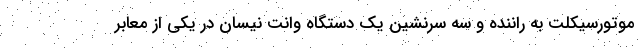
موتورسیکلت به راننده و سه سرنشین یک دستگاه وانت نیسان در یکی از معابر